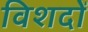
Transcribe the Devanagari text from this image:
विशदों